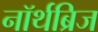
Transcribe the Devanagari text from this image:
नॉर्थब्रिज